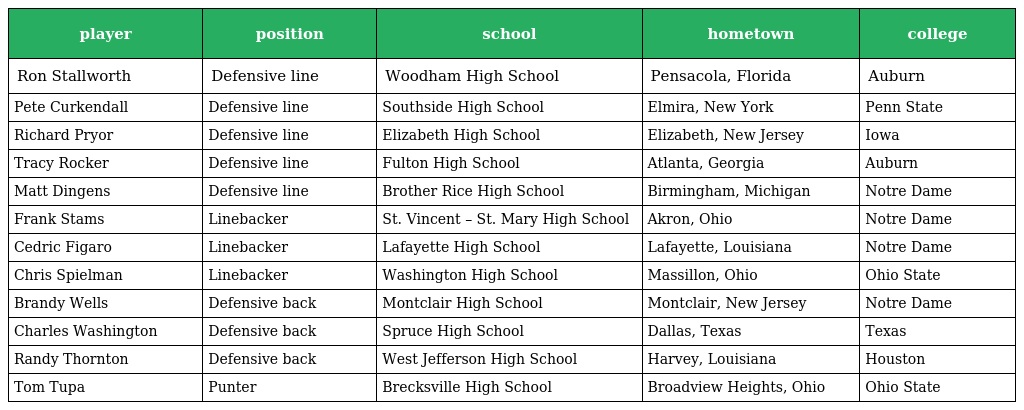
| player | position | school | hometown | college |
 | --- | --- | --- | --- | --- |
 | Ron Stallworth | Defensive line | Woodham High School | Pensacola, Florida | Auburn |
 | Pete Curkendall | Defensive line | Southside High School | Elmira, New York | Penn State |
 | Richard Pryor | Defensive line | Elizabeth High School | Elizabeth, New Jersey | Iowa |
 | Tracy Rocker | Defensive line | Fulton High School | Atlanta, Georgia | Auburn |
 | Matt Dingens | Defensive line | Brother Rice High School | Birmingham, Michigan | Notre Dame |
 | Frank Stams | Linebacker | St. Vincent – St. Mary High School | Akron, Ohio | Notre Dame |
 | Cedric Figaro | Linebacker | Lafayette High School | Lafayette, Louisiana | Notre Dame |
 | Chris Spielman | Linebacker | Washington High School | Massillon, Ohio | Ohio State |
 | Brandy Wells | Defensive back | Montclair High School | Montclair, New Jersey | Notre Dame |
 | Charles Washington | Defensive back | Spruce High School | Dallas, Texas | Texas |
 | Randy Thornton | Defensive back | West Jefferson High School | Harvey, Louisiana | Houston |
 | Tom Tupa | Punter | Brecksville High School | Broadview Heights, Ohio | Ohio State |